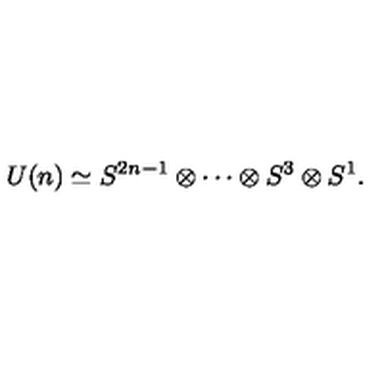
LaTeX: U ( n ) \simeq S ^ { 2 n - 1 } \otimes \cdots \otimes S ^ { 3 } \otimes S ^ { 1 } .